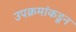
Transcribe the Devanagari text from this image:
उपक्रमांकडून